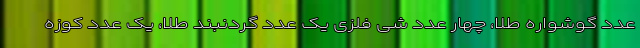
عدد گوشواره طلا، چهار عدد شی فلزی یک عدد گردنبند طلا، یک عدد کوزه